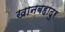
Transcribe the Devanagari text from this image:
खानबहादुर